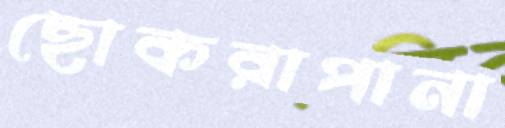
ছোকরাপানা